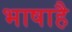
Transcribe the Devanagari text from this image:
भाषाहै